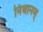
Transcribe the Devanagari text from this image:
निधानम्